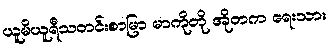
ယူမိယူရီသတင်းစာမြာ မာကိုတို အိုတက ရေးသား